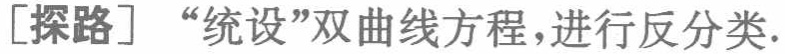
[探路] “统设”双曲线方程,进行反分类.